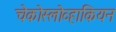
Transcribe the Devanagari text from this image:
चेकोस्लोव्हाकियन